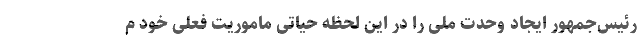
رئیس‌جمهور ایجاد وحدت ملی را در این لحظه حیاتی ماموریت فعلی خود م